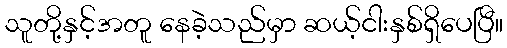
သူတို့နှင့်အတူ နေခဲ့သည်မှာ ဆယ့်ငါးနှစ်ရှိပေပြီ။